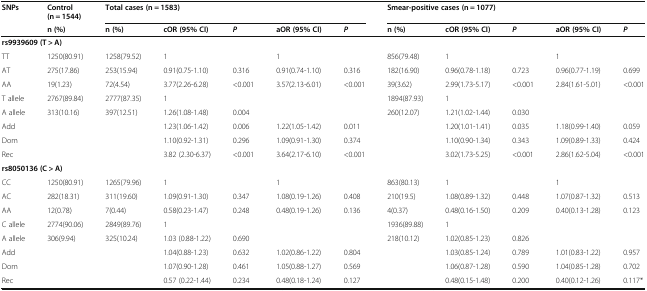
<table><thead><tr><td rowspan="2"><b>SNPs</b></td><td><b>Control (n = 1544)</b></td><td colspan="5"><b>Total cases (n = 1583)</b></td><td colspan="5"><b>Smear-positive cases (n = 1077)</b></td></tr><tr><td><b>n (%)</b></td><td><b>n (%)</b></td><td><b>cOR (95% CI)</b></td><td><b><i>P</i></b></td><td><b>aOR (95% CI)</b></td><td><b><i>P</i></b></td><td><b>n (%)</b></td><td><b>cOR (95% CI)</b></td><td><b><i>P</i></b></td><td><b>aOR (95% CI)</b></td><td><b><i>P</i></b></td></tr></thead><tbody><tr><td colspan="2"><b>rs9939609 (T &gt; A)</b></td><td></td><td></td><td></td><td></td><td></td><td></td><td></td><td></td><td></td><td></td></tr><tr><td>TT</td><td>1250(80.91)</td><td>1258(79.52)</td><td>1</td><td></td><td>1</td><td></td><td>856(79.48)</td><td>1</td><td></td><td>1</td><td></td></tr><tr><td>AT</td><td>275(17.86)</td><td>253(15.94)</td><td>0.91(0.75-1.10)</td><td>0.316</td><td>0.91(0.74-1.10)</td><td>0.316</td><td>182(16.90)</td><td>0.96(0.78-1.18)</td><td>0.723</td><td>0.96(0.77-1.19)</td><td>0.699</td></tr><tr><td>AA</td><td>19(1.23)</td><td>72(4.54)</td><td>3.77(2.26-6.28)</td><td>&lt;0.001</td><td>3.57(2.13-6.01)</td><td>&lt;0.001</td><td>39(3.62)</td><td>2.99(1.73-5.17)</td><td>&lt;0.001</td><td>2.84(1.61-5.01)</td><td>&lt;0.001</td></tr><tr><td>T allele</td><td>2767(89.84)</td><td>2777(87.35)</td><td>1</td><td></td><td></td><td></td><td>1894(87.93)</td><td>1</td><td></td><td></td><td></td></tr><tr><td>A allele</td><td>313(10.16)</td><td>397(12.51)</td><td>1.26(1.08-1.48)</td><td>0.004</td><td></td><td></td><td>260(12.07)</td><td>1.21(1.02-1.44)</td><td>0.030</td><td></td><td></td></tr><tr><td>Add</td><td></td><td></td><td>1.23(1.06-1.42)</td><td>0.006</td><td>1.22(1.05-1.42)</td><td>0.011</td><td></td><td>1.20(1.01-1.41)</td><td>0.035</td><td>1.18(0.99-1.40)</td><td>0.059</td></tr><tr><td>Dom</td><td></td><td></td><td>1.10(0.92-1.31)</td><td>0.296</td><td>1.09(0.91-1.30)</td><td>0.374</td><td></td><td>1.10(0.90-1.34)</td><td>0.343</td><td>1.09(0.89-1.33)</td><td>0.424</td></tr><tr><td>Rec</td><td></td><td></td><td>3.82 (2.30-6.37)</td><td>&lt;0.001</td><td>3.64(2.17-6.10)</td><td>&lt;0.001</td><td></td><td>3.02(1.73-5.25)</td><td>&lt;0.001</td><td>2.86(1.62-5.04)</td><td>&lt;0.001</td></tr><tr><td colspan="2"><b>rs8050136 (C &gt; A)</b></td><td></td><td></td><td></td><td></td><td></td><td></td><td></td><td></td><td></td><td></td></tr><tr><td>CC</td><td>1250(80.91)</td><td>1265(79.96)</td><td>1</td><td></td><td>1</td><td></td><td>863(80.13)</td><td>1</td><td></td><td>1</td><td></td></tr><tr><td>AC</td><td>282(18.31)</td><td>311(19.60)</td><td>1.09(0.91-1.30)</td><td>0.347</td><td>1.08(0.19-1.26)</td><td>0.408</td><td>210(19.5)</td><td>1.08(0.89-1.32)</td><td>0.448</td><td>1.07(0.87-1.32)</td><td>0.513</td></tr><tr><td>AA</td><td>12(0.78)</td><td>7(0.44)</td><td>0.58(0.23-1.47)</td><td>0.248</td><td>0.48(0.19-1.26)</td><td>0.136</td><td>4(0.37)</td><td>0.48(0.16-1.50)</td><td>0.209</td><td>0.40(0.13-1.28)</td><td>0.123</td></tr><tr><td>C allele</td><td>2774(90.06)</td><td>2849(89.76)</td><td>1</td><td></td><td></td><td></td><td>1936(89.88)</td><td>1</td><td></td><td></td><td></td></tr><tr><td>A allele</td><td>306(9.94)</td><td>325(10.24)</td><td>1.03 (0.88-1.22)</td><td>0.690</td><td></td><td></td><td>218(10.12)</td><td>1.02(0.85-1.23)</td><td>0.826</td><td></td><td></td></tr><tr><td>Add</td><td></td><td></td><td>1.04(0.88-1.23)</td><td>0.632</td><td>1.02(0.86-1.22)</td><td>0.804</td><td></td><td>1.03(0.85-1.24)</td><td>0.789</td><td>1.01(0.83-1.22)</td><td>0.957</td></tr><tr><td>Dom</td><td></td><td></td><td>1.07(0.90-1.28)</td><td>0.461</td><td>1.05(0.88-1.27)</td><td>0.569</td><td></td><td>1.06(0.87-1.28)</td><td>0.590</td><td>1.04(0.85-1.28)</td><td>0.702</td></tr><tr><td>Rec</td><td></td><td></td><td>0.57 (0.22-1.44)</td><td>0.234</td><td>0.48(0.18-1.24)</td><td>0.127</td><td></td><td>0.48(0.15-1.48)</td><td>0.200</td><td>0.40(0.12-1.26)</td><td>0.117*</td></tr></tbody></table>